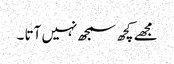
مجھے کچھ سمجھ نہیں آتا ۔